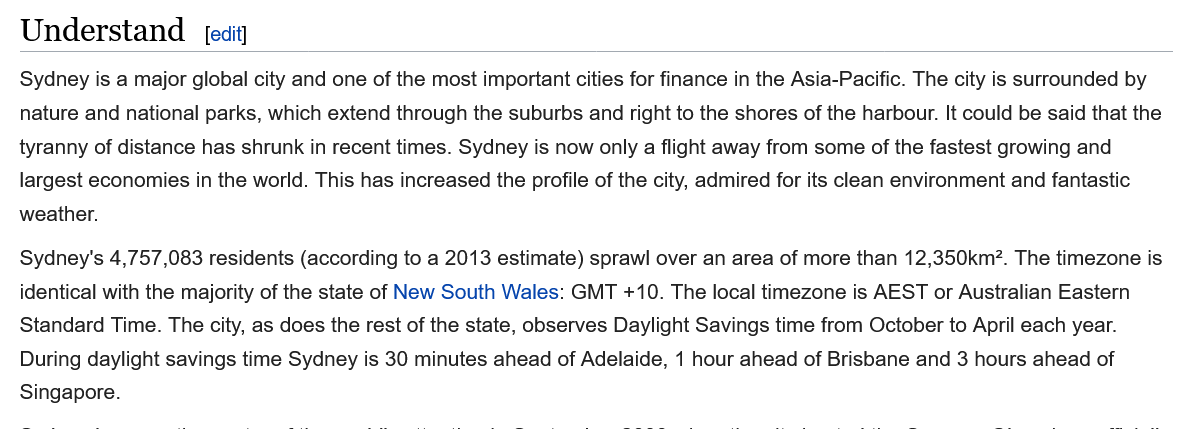
Understand
  Sydney is a major global city and one of the most important cities for finance in the Asia-Pacific. The city is surrounded by
  nature and national parks, which extend through the suburbs and right to the shores of the harbour. It could be said that the
  tyranny of distance has shrunk in recent times. Sydney is now only a flight away from some of the fastest growing and
  largest economies in the world. This has increased the profile of the city, admired for its clean environment and fantastic
  weather.
  Sydney's 4,757,083 residents (according to a 2013 estimate) sprawl over an area of more than 12,350km?. The timezone is
  identical with the majority of the state of New South Wales: GMT +10. The local timezone is AEST or Australian Eastern
  Standard Time. The city, as does the rest of the state, observes Daylight Savings time from October to April each year.
  During daylight savings time Sydney is 30 minutes ahead of Adelaide, 1 hour ahead of Brisbane and 3 hours ahead of
  Singapore.
     edit]